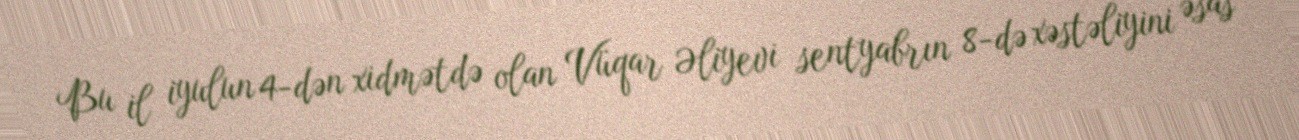
Bu il iyulun 4-dən xidmətdə olan Vüqar Əliyevi sentyabrın 8-də xəstəliyini əsas